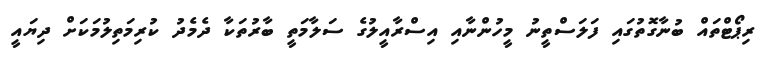
ރިޕޯޓްތައް ބުނާގޮތުގައި ފަލަސްތީނު މީހުންނާއި އިސްރާއީލުގެ ސަލާމަތީ ބާރުތަކާ ދެމެދު ކުރިމަތިލުމަކަށް ދިޔައީ